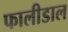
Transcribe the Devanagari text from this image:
फालीडाल